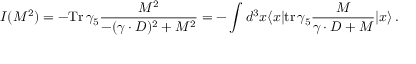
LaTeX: { \cal I } ( M ^ { 2 } ) = - \mathrm { T r } \, \gamma _ { 5 } { \frac { M ^ { 2 } } { - ( \gamma \cdot D ) ^ { 2 } + M ^ { 2 } } } = - \int d ^ { 3 } x \langle x | \mathrm { t r } \, \gamma _ { 5 } { \frac { M } { \gamma \cdot D + M } } | x \rangle \, .